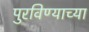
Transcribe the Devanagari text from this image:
पुरविण्याच्या